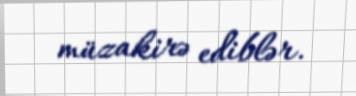
müzakirə ediblər.